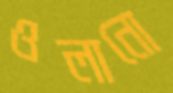
ওলানো